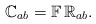
\begin{align*} \mathbb{C} _{ab} = \mathbb{F} \, \mathbb{R}_{ab} . \end{align*}